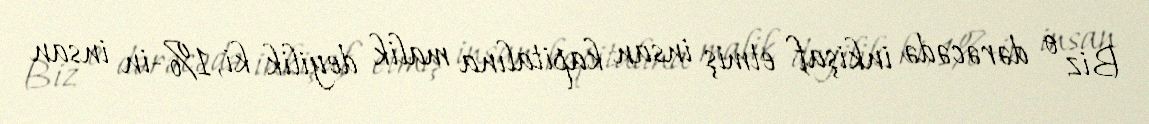
Biz o dərəcədə inkişaf etmiş insan kapitalına malik deyilik ki, 1%-in insan